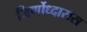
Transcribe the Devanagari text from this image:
जिर्णोध्दारास